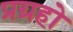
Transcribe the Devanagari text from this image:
प्रग्रहो